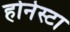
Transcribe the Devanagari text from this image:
होनेस्टा